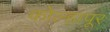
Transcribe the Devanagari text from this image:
काेेल्हापूर